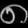
Digit: ၈